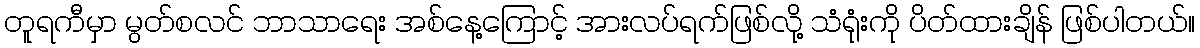
တူရကီမှာ မွတ်စလင် ဘာသာရေး အစ်နေ့ကြောင့် အားလပ်ရက်ဖြစ်လို့ သံရုံးကို ပိတ်ထားချိန် ဖြစ်ပါတယ်။